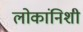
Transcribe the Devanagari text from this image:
लोकांनिशी